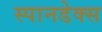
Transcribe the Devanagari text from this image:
स्पानडेक्स